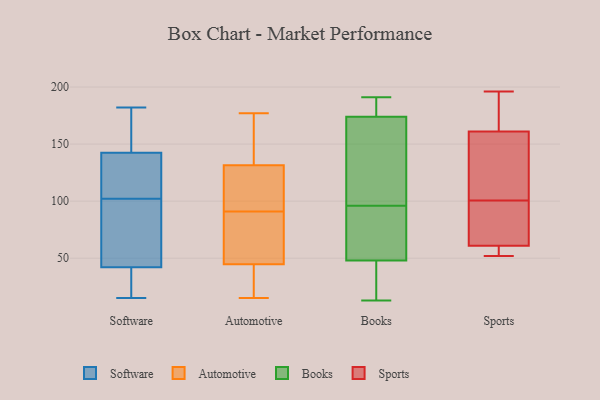
{"axis": {"x": "Bounce Rate (%)", "y": "Value"}, "legend": ["Automotive", "Books", "Software", "Sports"], "data": [{"x": "", "y": 86, "type": "Software"}, {"x": "", "y": 170, "type": "Software"}, {"x": "", "y": 19, "type": "Software"}, {"x": "", "y": 53, "type": "Software"}, {"x": "", "y": 15, "type": "Software"}, {"x": "", "y": 26, "type": "Software"}, {"x": "", "y": 125, "type": "Software"}, {"x": "", "y": 170, "type": "Software"}, {"x": "", "y": 85, "type": "Software"}, {"x": "", "y": 42, "type": "Software"}, {"x": "", "y": 182, "type": "Software"}, {"x": "", "y": 42, "type": "Software"}, {"x": "", "y": 112, "type": "Software"}, {"x": "", "y": 102, "type": "Software"}, {"x": "", "y": 136, "type": "Software"}, {"x": "", "y": 138, "type": "Software"}, {"x": "", "y": 156, "type": "Software"}, {"x": "", "y": 127, "type": "Automotive"}, {"x": "", "y": 177, "type": "Automotive"}, {"x": "", "y": 15, "type": "Automotive"}, {"x": "", "y": 131, "type": "Automotive"}, {"x": "", "y": 133, "type": "Automotive"}, {"x": "", "y": 114, "type": "Automotive"}, {"x": "", "y": 55, "type": "Automotive"}, {"x": "", "y": 46, "type": "Automotive"}, {"x": "", "y": 41, "type": "Automotive"}, {"x": "", "y": 154, "type": "Automotive"}, {"x": "", "y": 30, "type": "Automotive"}, {"x": "", "y": 85, "type": "Automotive"}, {"x": "", "y": 109, "type": "Automotive"}, {"x": "", "y": 144, "type": "Automotive"}, {"x": "", "y": 91, "type": "Automotive"}, {"x": "", "y": 32, "type": "Automotive"}, {"x": "", "y": 91, "type": "Automotive"}, {"x": "", "y": 45, "type": "Books"}, {"x": "", "y": 108, "type": "Books"}, {"x": "", "y": 51, "type": "Books"}, {"x": "", "y": 188, "type": "Books"}, {"x": "", "y": 169, "type": "Books"}, {"x": "", "y": 191, "type": "Books"}, {"x": "", "y": 13, "type": "Books"}, {"x": "", "y": 21, "type": "Books"}, {"x": "", "y": 79, "type": "Books"}, {"x": "", "y": 179, "type": "Books"}, {"x": "", "y": 84, "type": "Books"}, {"x": "", "y": 148, "type": "Books"}, {"x": "", "y": 52, "type": "Sports"}, {"x": "", "y": 161, "type": "Sports"}, {"x": "", "y": 123, "type": "Sports"}, {"x": "", "y": 61, "type": "Sports"}, {"x": "", "y": 78, "type": "Sports"}, {"x": "", "y": 173, "type": "Sports"}, {"x": "", "y": 60, "type": "Sports"}, {"x": "", "y": 196, "type": "Sports"}, {"x": "", "y": 62, "type": "Sports"}, {"x": "", "y": 126, "type": "Sports"}]}